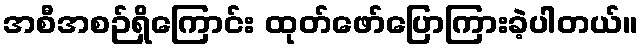
အစီအစဉ်ရှိကြောင်း ထုတ်ဖော်ပြောကြားခဲ့ပါတယ်။